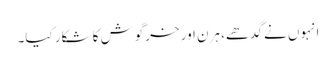
انہوں نے گدھے، ہرن اور خرگوش کا شکار کیا۔